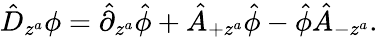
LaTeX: \hat{D}_{z^{a}}\phi=\hat{\partial}_{z^{a}}\hat{\phi}+\hat{A}_{+z^{a}}\hat{\phi}-\hat{\phi}\hat{A}_{-z^{a}}.